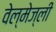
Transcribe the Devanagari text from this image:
वेल्मेज्ली